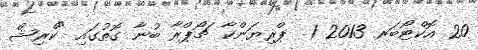
20 އޮކްޓޯބަރ 2013 1  ޕްރިޔަންކާ ޗޯޕްރާ ބުނާ ގޮތުގައި "ކްރިޝް